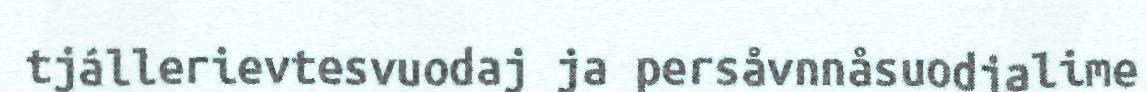
tjállerievtesvuodaj ja persåvnnåsuodjalime